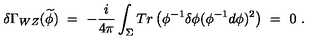
\delta \Gamma _ { W Z } ( \widetilde { \phi } ) \ = \ - \frac { i } { 4 \pi } \int _ { \Sigma } T r \left( \phi ^ { - 1 } \delta \phi ( \phi ^ { - 1 } d \phi ) ^ { 2 } \right) \ = \ 0 \ .